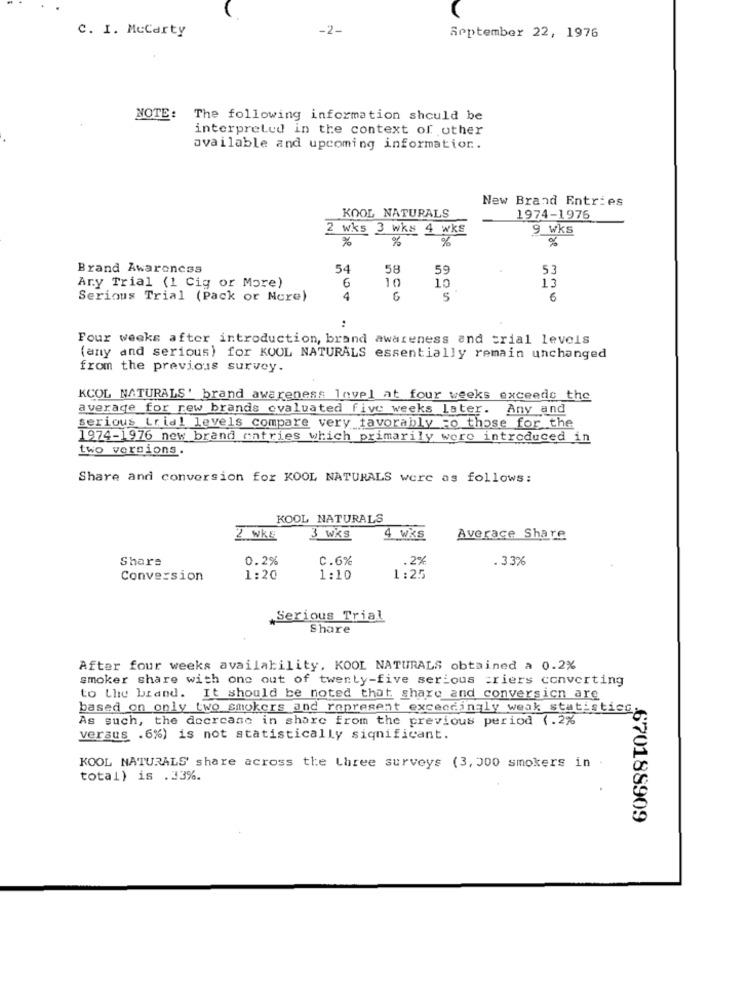
C. I. MeCarty
-2-
September 22, 1976
NOTE:
The following information should be
interpreted in the context of other
available and upcoming information.
New Brand Entries
KOOL NATURALS
1974-1976
2 wks 3 wks 4 wks
9 wks
%
%
%
%
Brand Awareness
54
58
59
53
6
13
Ary Trial (1 Cig or More)
10
10
Serious Trial (Pack or More)
4
5
6
:
Four weeks after introduction, brand awareness and trial levels
(any and serious) for KOOL NATURALS essentially remain unchanged
from the previous survey.
KCOL NATURALS' brand awareness Invel at four weeks exceeds the
average for new brands evaluated five weeks later. Any and
serious trial levels compare very favorably to those for the
1974-1976 new brand entries which primarily were introduced in
two versions.
Share and conversion for KOOL NATURALS were as follows:
KOOL NATURALS
2 wk&
3 wKs
4 WKS
Averace Share
Share
0.2%
C.6%
.2%
.33%
Conversion
1:20
1:10
1:25
Serious Trial
Share
After four weeks availability, KOOL NATURALS obtained a 0.2%
smoker share with one out of twenty-five serious =riers converting
to the biand. It should be noted that share and conversion are
based on only two smokers and represent exceedingly weak statistics.
As such, the doorcase in share from the previous period (.2%
versus .6%) is not statistically significant.
KOOL NATURALS' share across the three surveys (3, 300 smokers in
total) is .23%.
670188909